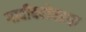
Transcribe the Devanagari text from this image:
गादीबरोबरचा